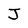
Character: J